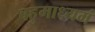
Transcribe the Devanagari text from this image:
बहुमाध्‍यमं